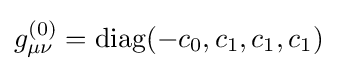
g_{\mu \nu }^{(0)}=\operatorname {diag} (-c_{0},c_{1},c_{1},c_{1})